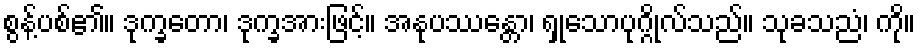
စွန့်ပစ်၏။ ဒုက္ခတော၊ ဒုက္ခအားဖြင့်။ အနုပဿန္တော၊ ရှုသောပုဂ္ဂိုလ်သည်။ သုခသညံ၊ ကို။